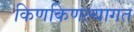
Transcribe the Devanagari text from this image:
किणकिणल्यागत